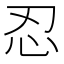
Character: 忍